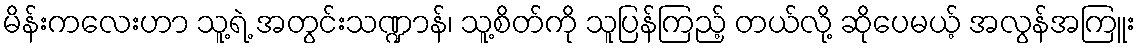
မိန်းကလေးဟာ သူ့ရဲ့ အတွင်းသဏ္ဍာန်၊ သူ့စိတ်ကို သူပြန်ကြည့် တယ်လို့ ဆိုပေမယ့် အလွန်အကြူး